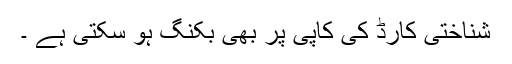
شناختی کارڈ کی کاپی پر بھی بکنگ ہو سکتی ہے ۔